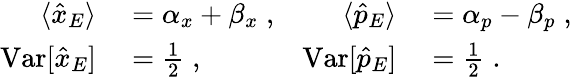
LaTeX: \begin{array}{rlrl}{\langle\hat{x}_{E}\rangle}&{{}=\alpha_{x}+\beta_{x}\; ,}&{\langle\hat{p}_{E}\rangle}&{{}=\alpha_{p}-\beta_{p}\; ,}\\ {\mathrm{Var}[\hat{x}_{E}]}&{{}=\frac{1}{2}\; ,}&{\mathrm{Var}[\hat{p}_{E}]}&{{}=\frac{1}{2}\; .}\end{array}